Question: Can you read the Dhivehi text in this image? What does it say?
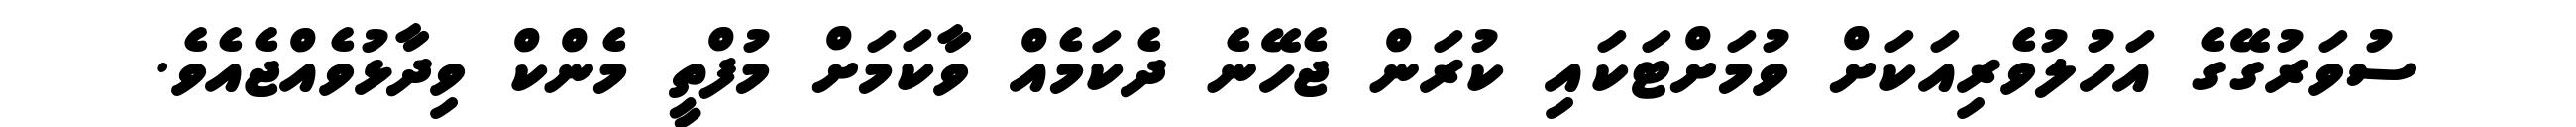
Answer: ސުވަރުގޭގެ އަހުލުވެރިއަކަށް ވުމަށްޓަކައި ކުރަން ޖެހޭނެ ދެކަމެއް ވާކަމަށް މުފްތީ މެންކް ވިދާޅުވެއްޖެއެވެ.